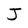
Character: J